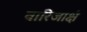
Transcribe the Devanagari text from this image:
वारिजाक्षं